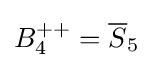
B_{4}^{++}={\overline {S}}_{5}